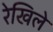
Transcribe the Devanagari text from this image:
रेखिले